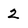
Character: 2